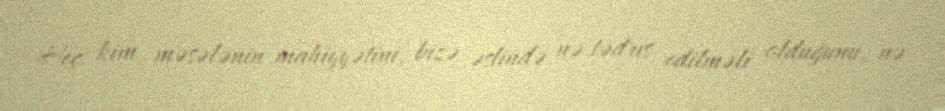
Heç kim məsələnin mahiyyətini, bizə əslində nə tədris edilməli olduğunu, nə